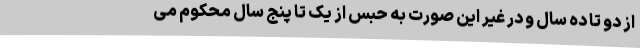
از دو تا ده سال و در غیر این صورت به حبس از یک ‌تا پنج سال محکوم می